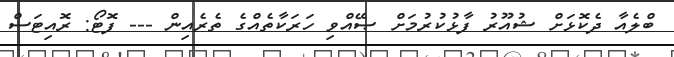
ބްލެއާ ދެކޮޅަށް ޝުއޫރު ފާޅުކުރުމަށް ޞޭއްވި ހަރަކާތެއްގެ ތެރެއިން --- ފޮޓޯ: ރޮއިޓަސް